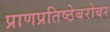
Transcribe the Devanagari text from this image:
प्राणप्रतिष्ठेबरोबर